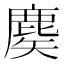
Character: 𪊢